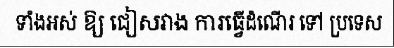
ទាំងអស់ ឱ្យ ជៀសវាង ការធ្វើដំណើរ ទៅ ប្រទេស